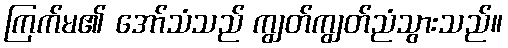
ကြက်မ၏ အော်သံသည် ကျွတ်ကျွတ်ညံသွားသည်။